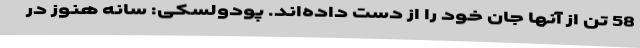
58 تن از آنها جان خود را از دست داده‌اند. پودولسکی: سانه هنوز در